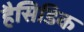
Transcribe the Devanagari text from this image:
हैसिडिक